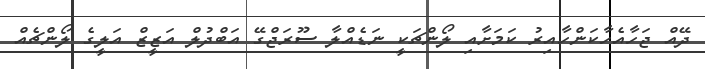
ދޭއް ޖަހާއެހާކަންހާއިރު ކަމަށާއި ލޯންޗަކީ ނަޑެއްލާ ސޫރަޖްގޭ އަބްދުލް އަޒީޒް އަލީގެ ލޯންޗެއް